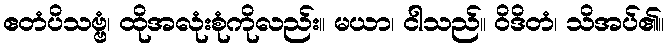
ဧတံပိသဗ္ဗံ၊ ထိုအလုံးစုံကိုလည်း။ မယာ၊ ငါသည်။ ဝိဒိတံ၊ သိအပ်၏။